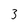
Character: 3